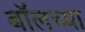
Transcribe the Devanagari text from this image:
बॉलच्या